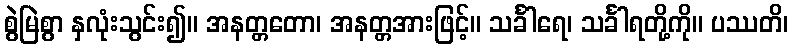
စွဲမြဲစွာ နှလုံးသွင်း၍။ အနတ္တတော၊ အနတ္တအားဖြင့်။ သင်္ခါရေ၊ သင်္ခါရတို့ကို။ ပဿတိ၊